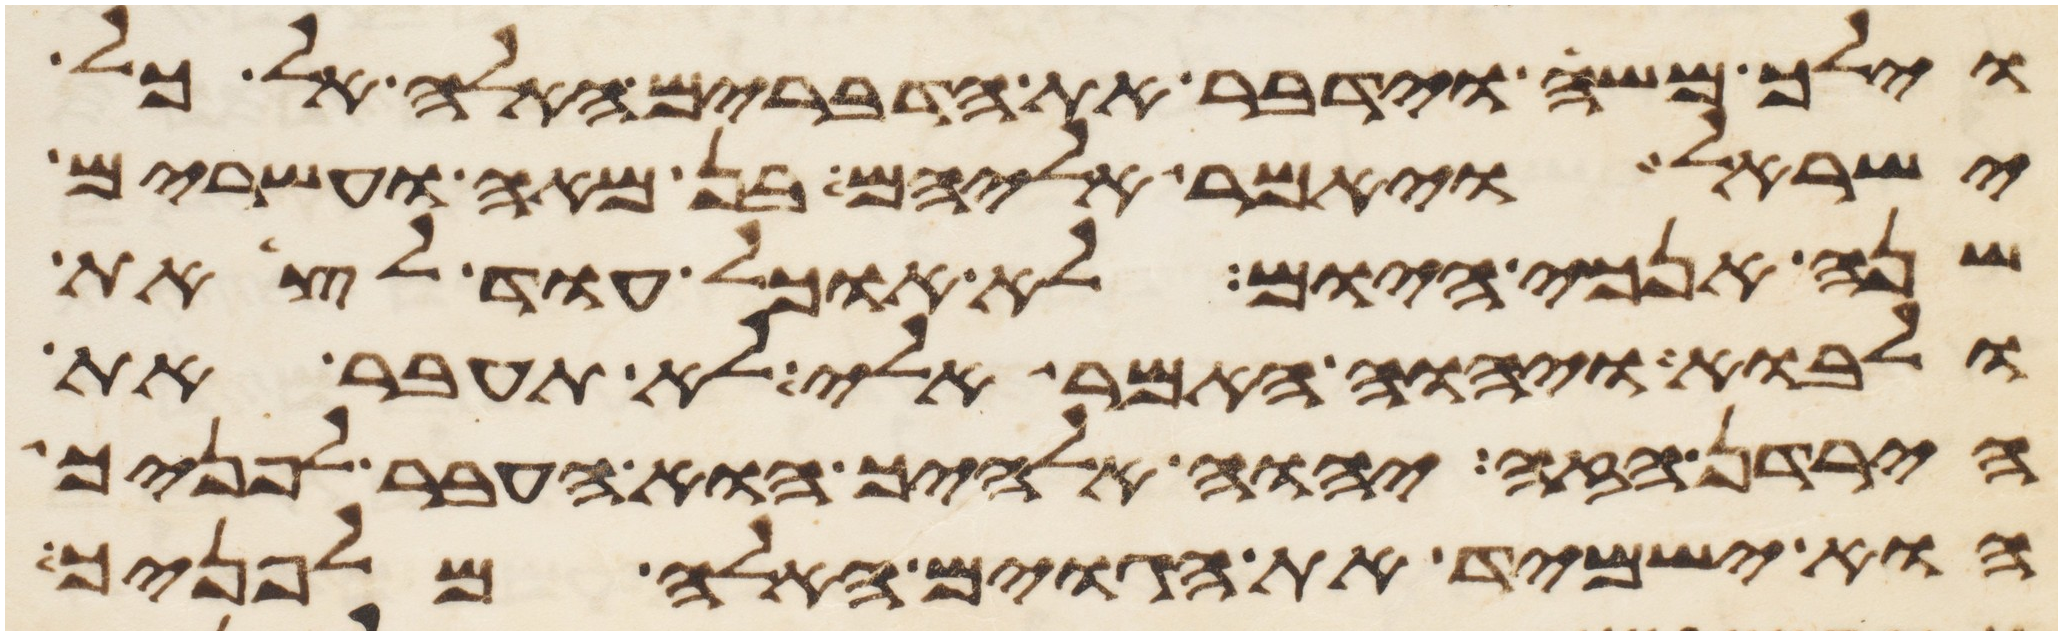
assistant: וילך משה וידבר את הדברים האלה אל כל
ישראל ויאמר אליהם בן מאה ועשרים
שנה אנכי היום לא אוכל עוד לצאת
ולאבוא ויהוה האמר אלי לא תעבר את
הירדן הזה יהוה אלהיך הוא העבר לפניך
הוא ישמיד את הגוים האלה מלפניך